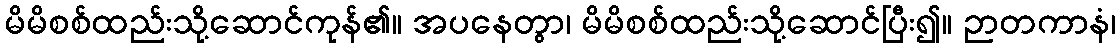
မိမိစစ်ထည်းသို့ဆောင်ကုန်၏။ အပနေတွာ၊ မိမိစစ်ထည်းသို့ဆောင်ပြီး၍။ ဉာတကာနံ၊